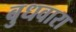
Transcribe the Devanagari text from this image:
बुधवारा